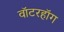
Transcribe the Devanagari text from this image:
वॉटरहॉग